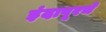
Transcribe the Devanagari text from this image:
इंदापूरचे